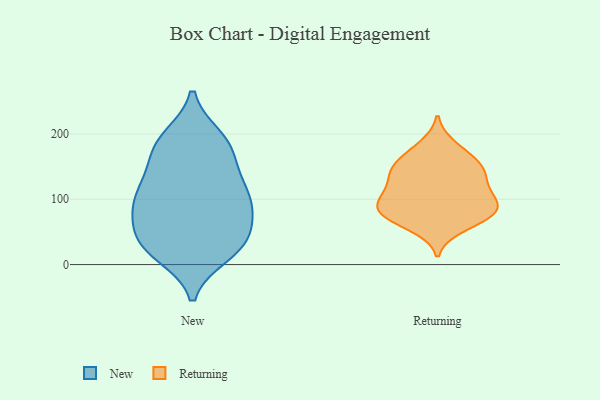
{"axis": {"x": "Gross Profit (USD K)", "y": "Value"}, "legend": ["New", "Returning"], "data": [{"x": "", "y": 42, "type": "New"}, {"x": "", "y": 76, "type": "New"}, {"x": "", "y": 113, "type": "New"}, {"x": "", "y": 91, "type": "New"}, {"x": "", "y": 153, "type": "New"}, {"x": "", "y": 16, "type": "New"}, {"x": "", "y": 92, "type": "New"}, {"x": "", "y": 72, "type": "New"}, {"x": "", "y": 186, "type": "New"}, {"x": "", "y": 24, "type": "New"}, {"x": "", "y": 187, "type": "New"}, {"x": "", "y": 31, "type": "New"}, {"x": "", "y": 100, "type": "New"}, {"x": "", "y": 41, "type": "New"}, {"x": "", "y": 116, "type": "New"}, {"x": "", "y": 133, "type": "New"}, {"x": "", "y": 176, "type": "New"}, {"x": "", "y": 25, "type": "New"}, {"x": "", "y": 194, "type": "New"}, {"x": "", "y": 132, "type": "Returning"}, {"x": "", "y": 100, "type": "Returning"}, {"x": "", "y": 104, "type": "Returning"}, {"x": "", "y": 113, "type": "Returning"}, {"x": "", "y": 70, "type": "Returning"}, {"x": "", "y": 135, "type": "Returning"}, {"x": "", "y": 147, "type": "Returning"}, {"x": "", "y": 99, "type": "Returning"}, {"x": "", "y": 182, "type": "Returning"}, {"x": "", "y": 83, "type": "Returning"}, {"x": "", "y": 149, "type": "Returning"}, {"x": "", "y": 80, "type": "Returning"}, {"x": "", "y": 77, "type": "Returning"}, {"x": "", "y": 78, "type": "Returning"}, {"x": "", "y": 170, "type": "Returning"}, {"x": "", "y": 151, "type": "Returning"}, {"x": "", "y": 58, "type": "Returning"}]}